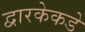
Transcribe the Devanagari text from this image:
द्वारकेकडे